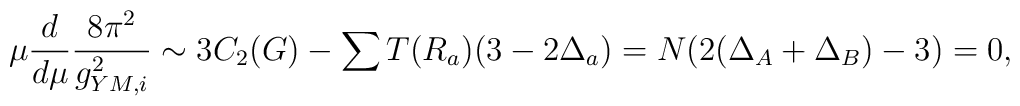
\mu\frac{d}{d\mu}\frac{8\pi^2}{g_{YM,i}^2}\sim 3 C_2(G) -\sum T(R_a)(3-2\Delta_a)= N (2(\Delta_A+\Delta_B)-3)=0,